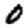
Digit: 0